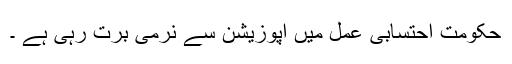
حکومت احتسابی عمل میں اپوزیشن سے نرمی برت رہی ہے ۔